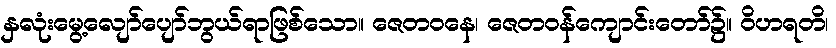
နှလုံးမွေ့လျော်ပျော်ဘွယ်ရာဖြစ်သော။ ဇေတဝနေ၊ ဇေတဝန်ကျောင်းတော်၌။ ဝိဟရတိ၊